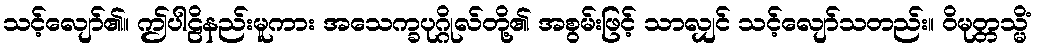
သင့်လျော်၏။ ဤပါဠိနည်းမူကား အသေက္ခပုဂ္ဂိုလ်တို့၏ အစွမ်းဖြင့် သာလျှင် သင့်လျော်သတည်း။ ဝိမုတ္တသ္မိံ